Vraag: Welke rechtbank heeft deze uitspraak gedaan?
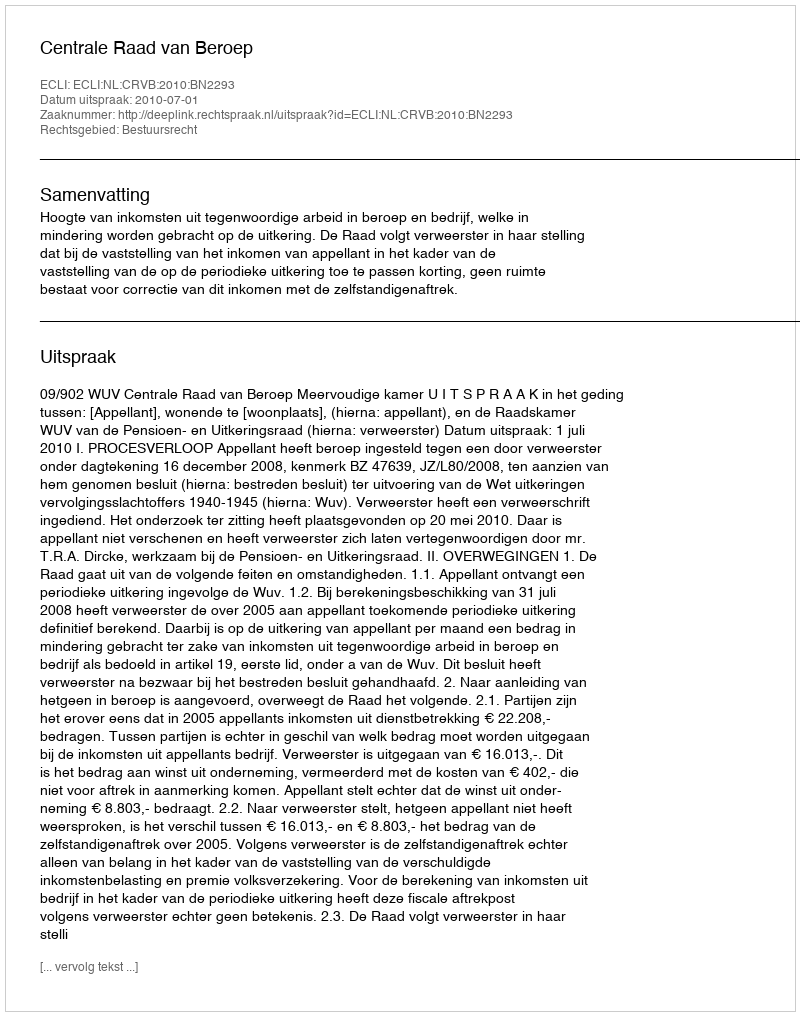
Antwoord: Centrale Raad van Beroep